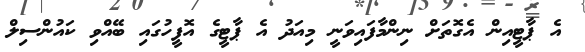
އެ ޕާޓީއިން އެގޮތަށް ނިންމާފައިވަނީ މިއަދު އެ ޕާޓީގެ އޮފީހުގައި ބޭއްވި ކައުންސިލް